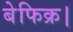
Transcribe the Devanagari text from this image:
बेफिक्र।